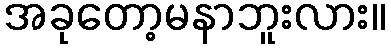
အခုတော့မနာဘူးလား။